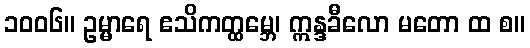
၁၀၀၆။ ဥမ္မာရေ ဧသိကတ္ထမ္ဘေ၊ ဣန္ဒခီလော မတော ထ စ။